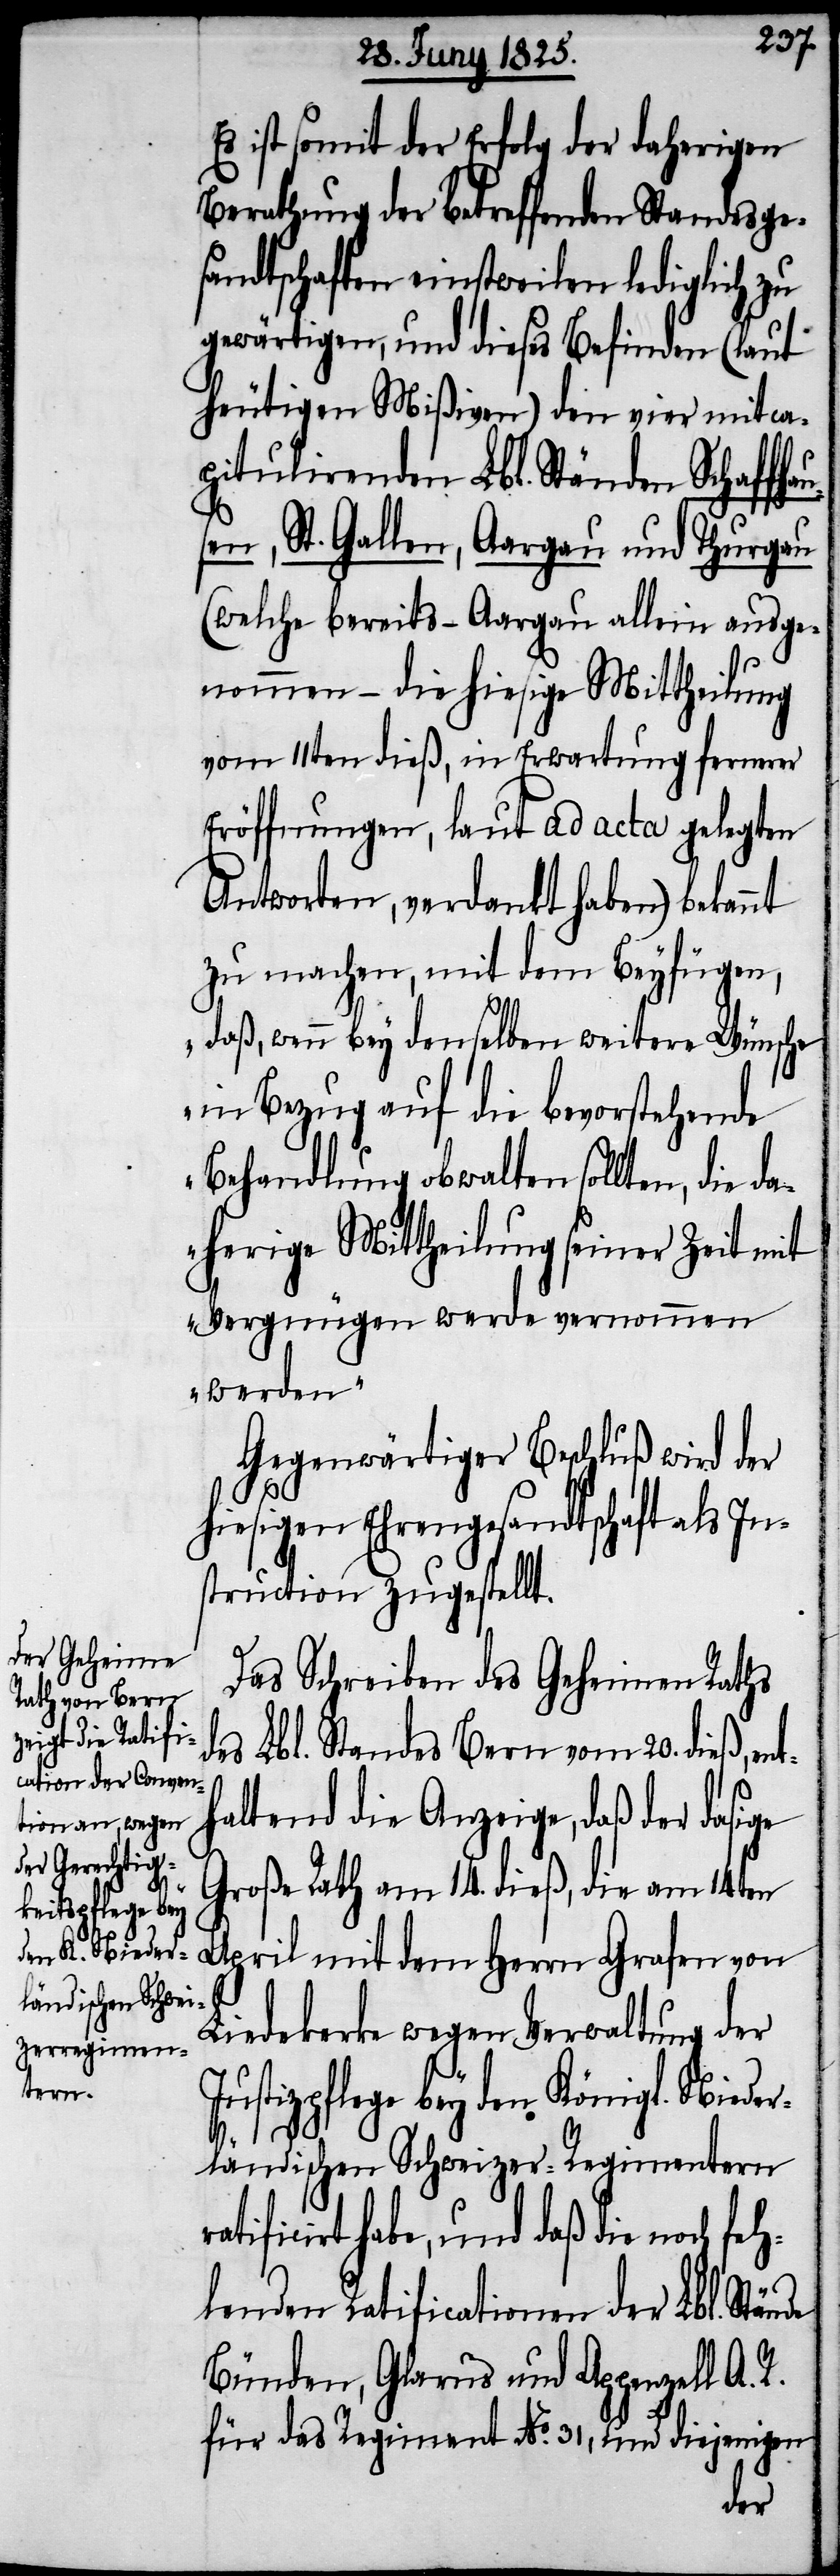
rati¬
Das Schreiben des Geheimen Raths
es Lbl. Standes Bern vom 20. dieß, ent¬
haltend die Anzeige, daß der dasige
Große Rath am 14. dieß, die am 14ten
April mit dem Herrn Grafen von
Liedekerke wegen Verwaltung der
Justizpflege bey den Königl. Nieder¬
feh¬
ländischen Schweizer-Regimentern
ficirt habe, und daß die noch
lenden Ratificationen der Lbl. Stände
Bünden, Glarus und Appenzell A.
für das Regiment No. 31, und diejenigen